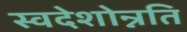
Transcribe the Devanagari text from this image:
स्वदेशोन्नति